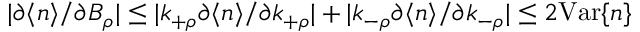
| \partial \langle n \rangle / \partial B _ { \rho } | \leq | k _ { + \rho } \partial \langle n \rangle / \partial k _ { + \rho } | + | k _ { - \rho } \partial \langle n \rangle / \partial k _ { - \rho } | \leq 2 \mathrm { V a r } \{ n \}